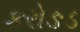
કરોઙડ